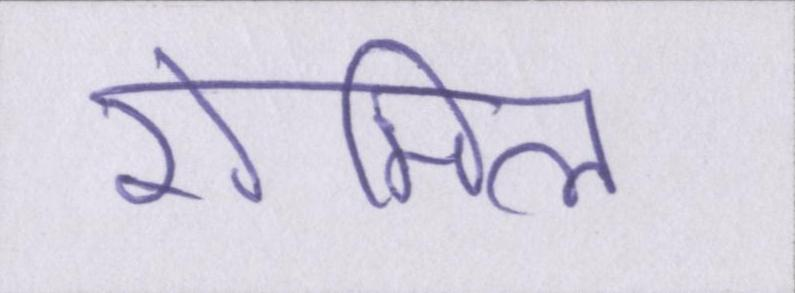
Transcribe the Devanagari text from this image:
रोमिला